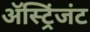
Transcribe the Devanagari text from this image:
ॲस्ट्रिंजंट